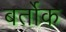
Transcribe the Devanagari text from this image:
बर्तोक